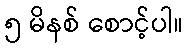
၅ မိနစ် စောင့်ပါ။